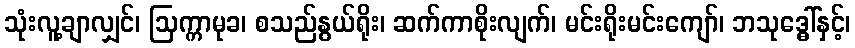
သုံးလူ့ချာလျှင်၊ ဩက္ကာမုခ၊ စသည်နွယ်ရိုး၊ ဆက်ကာစိုးလျက်၊ မင်းရိုးမင်းကျော်၊ ဘသုဒ္ဓေါ်နှင့်၊